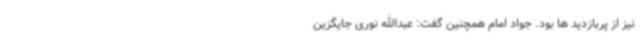
نیز از پربازدید ها بود. جواد امام همچنین گفت: عبدالله نوری جایگزین